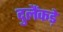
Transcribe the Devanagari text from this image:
दुलैंकड़े